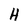
Character: H